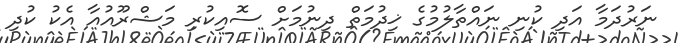
ނަރުދަމާ އަދި ކުނި ނައްތާލުމުގެ ޚިދުމަތް ދިނުމަށް ސޮއިކުރި މަޝްރޫއުއާ އެކު ކުދި